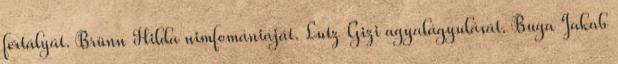
fertályát. Brünn Hilda nimfomániáját. Lutz Gizi agyalágyulását. Buga Jakab